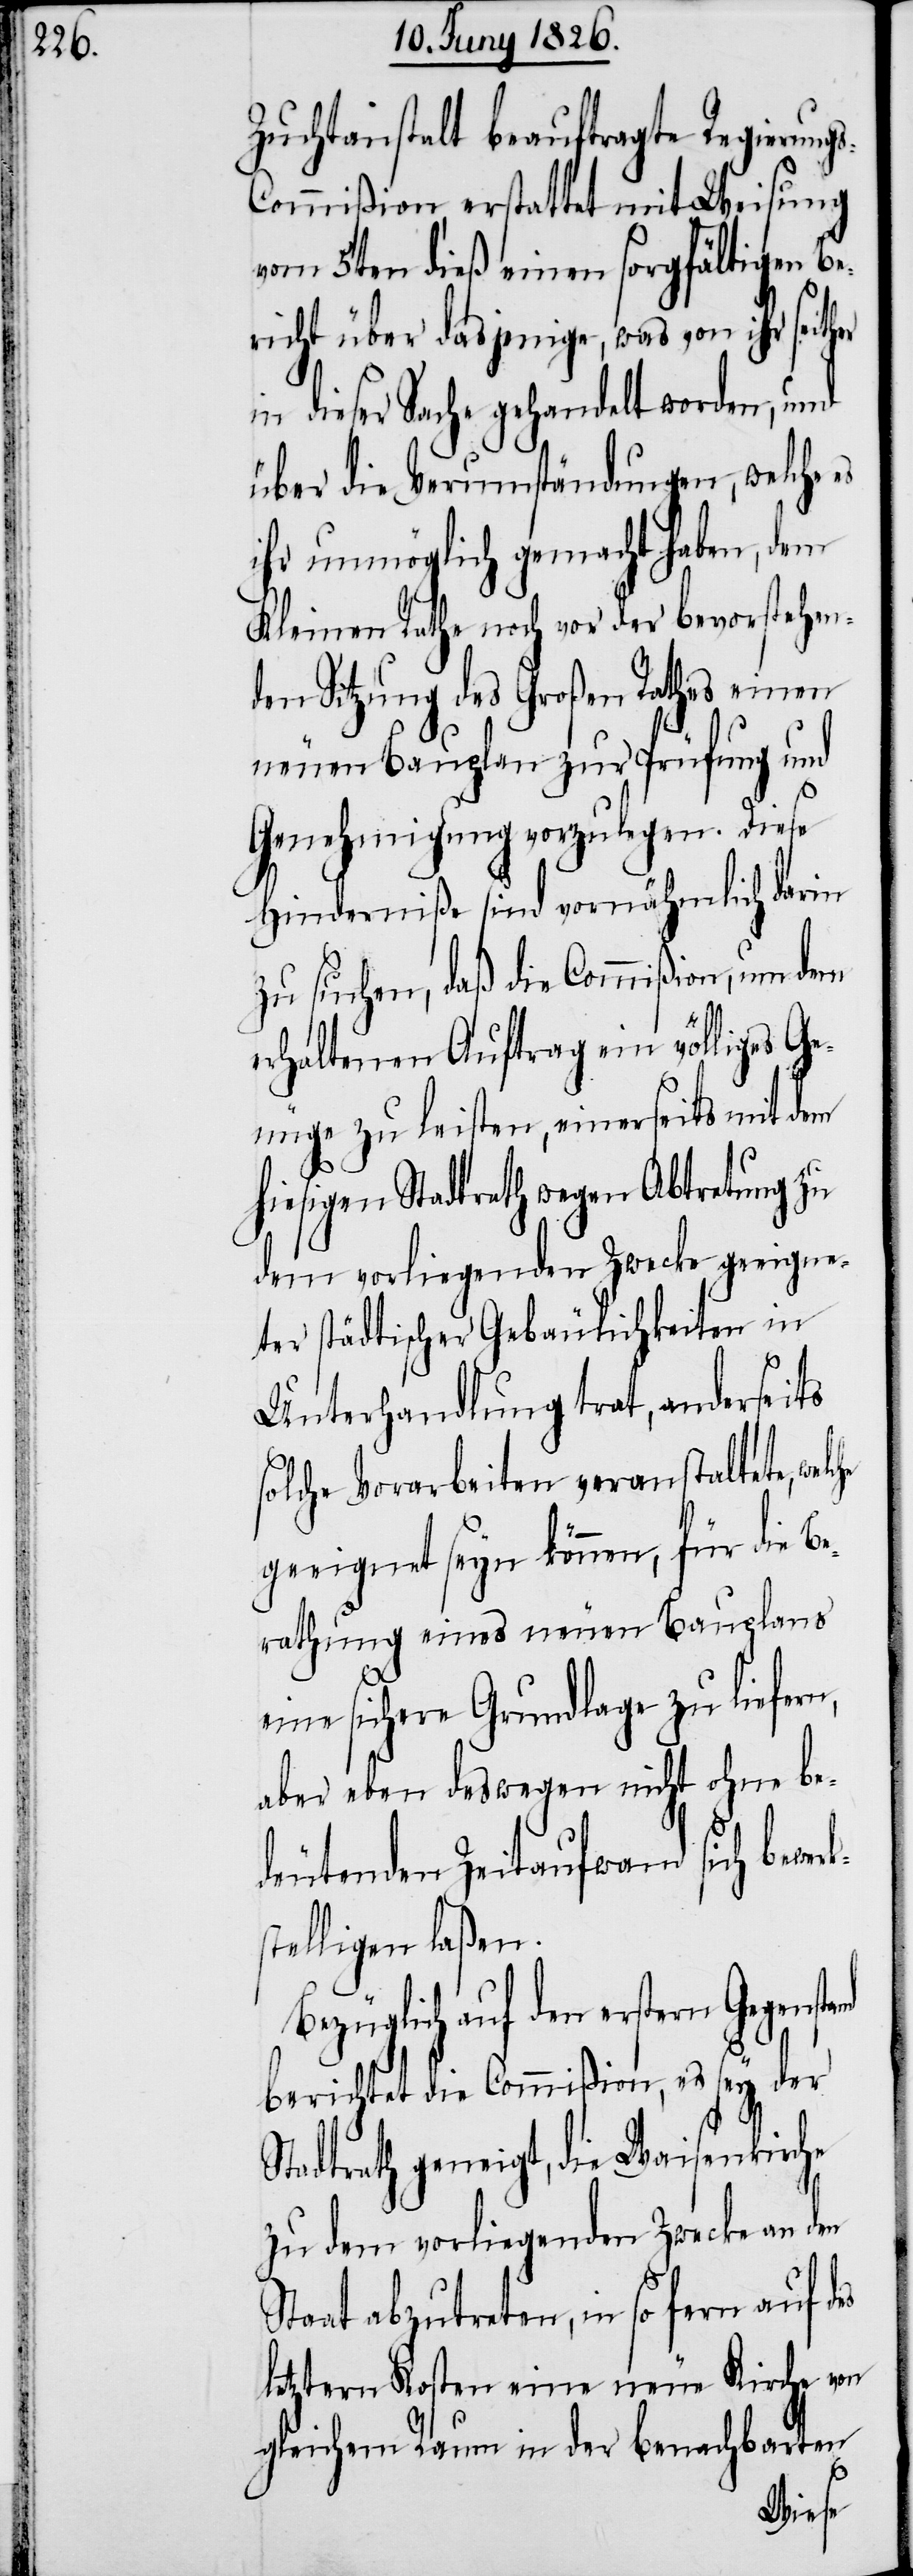
Zuchtanstalt beauftragte Regierung¬
s-Commißion, erstattet mit Weisung
vom 5ten dieß einen sorgfältigen B¬
ericht über dasjenige, was von ihr seither
in dieser Sache gehandelt worden, und
über die Verumständungen, welche
ihr unmöglich gemacht haben, dem
Kleinen Rathe noch vor der bevorstehen¬
den Sitzung des Großen Rathes einen
neuen Bauplan zur Prüfung und
Genehmigung vorzulegen. Diese
Hinderniße sind vornähmlich darin
zu suchen, daß die Commißion, um dem
erhaltenen Auftrag ein völliges Ge¬
nüge zu leisten, einerseits mit dem
hiesigen Stadtrath wegen Abtretung zu
dem vorliegenden Zwecke geeigne¬
ter Städtischer Gebäulichkeiten in
Unterhandlung trat, anderseits
solche Vorarbeiten veranstaltete,
geeignet seyn können, für die Be¬
rathung eines neuen Bauplans
eine sichere Grundlage zu liefern,
aber eben deswegen nicht ohne be¬
deutenden Zeitaufwand sich bewer¬
stelligen laßen.
Bezüglich auf den erstern Gegensta¬
berichtet die Commißion, es sey der
es
Stadtrath geneigt, die Waisenkirche
zu dem vorliegenden Zwecke an den
Staat abzutreten, in so fern auf d¬
letztern Kosten eine neue Kirche von
gleichem Raum in der benachbarten
k¬